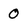
Character: 0